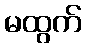
မထွက်